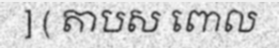
] ( តាបស ពោល